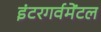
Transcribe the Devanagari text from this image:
इंटरगर्वमेंटल